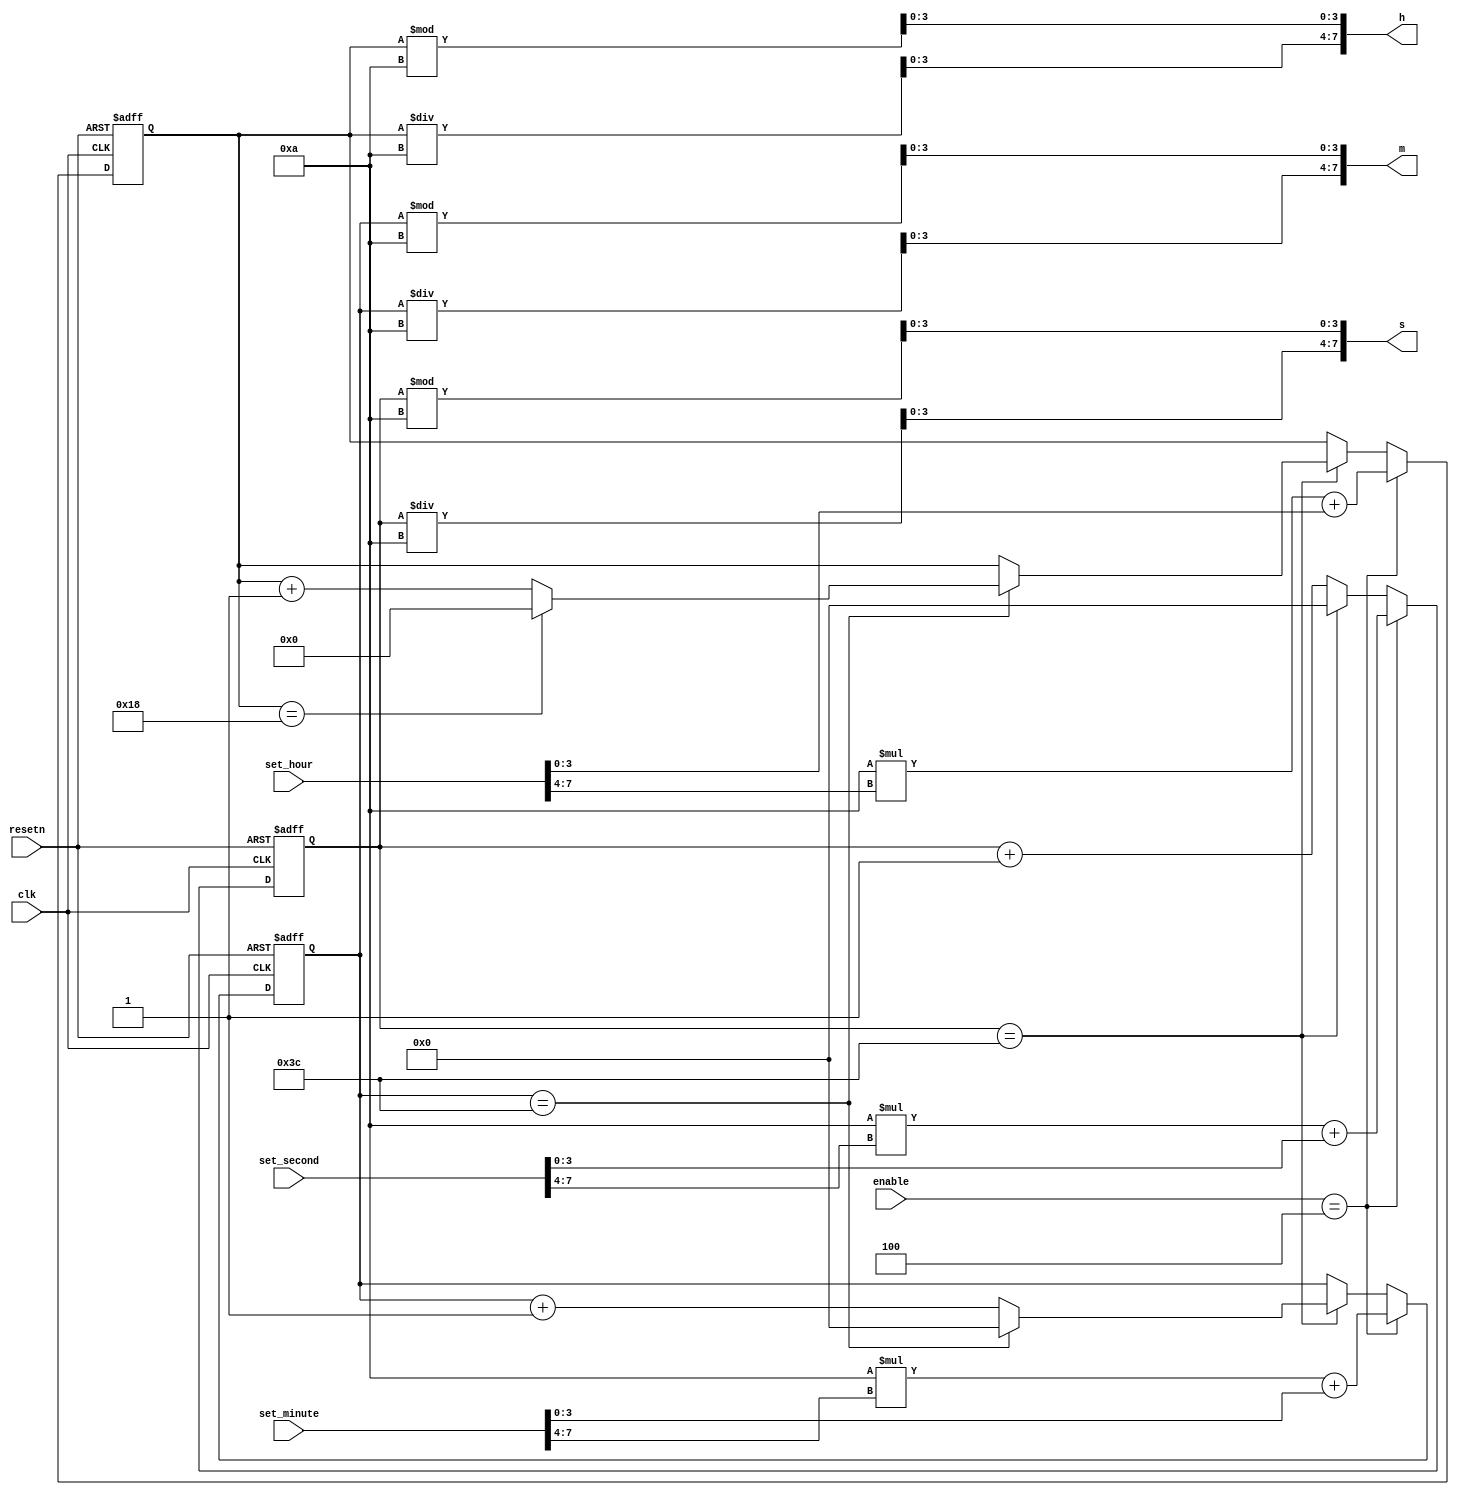
module clock(clk,resetn,enable,set_hour,set_minute,set_second,h,m,s);
    input clk,resetn;
    input [3:0] enable;
    input [7:0] set_hour,set_minute,set_second;
    output [7:0] h,m,s;

    reg [5:0] second,minute;
    reg [4:0] hour;

    always @(posedge clk or negedge resetn) begin
        if(!resetn) begin
            second<=0;
            minute<=0;
            hour<=0;
        end
        else if(enable==4'b0100) begin//time stop and set clock
            hour<=10*set_hour[7:4]+set_hour[3:0];
            minute<=10*set_minute[7:4]+set_minute[3:0];
            second<=10*set_second[7:4]+set_second[3:0];
        end
        else begin
            second<=second+1;
            if(second==60) begin
                second<=0;
                minute<=minute+1;
                if(minute==60) begin
                    minute<=0;
                    hour<=hour+1;
                    if(hour==24) begin
                        hour<=0;
                    end
                end
            end
        end
    end

    assign h[7:4]=hour/10;
    assign h[3:0]=hour%10;
    assign m[7:4]=minute/10;
    assign m[3:0]=minute%10;
    assign s[7:4]=second/10;
    assign s[3:0]=second%10;

endmodule